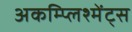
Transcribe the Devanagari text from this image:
अकम्प्लिश्मेंट्स